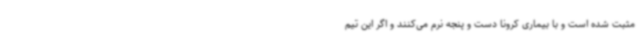
مثبت شده است و با بیماری کرونا دست و پنجه نرم می‌کنند و اگر این تیم